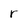
Character: r